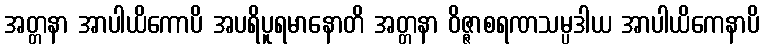
အတ္တနာ အာပါယိကောပိ အပရိပူရမာနောတိ အတ္တနာ ဝိဇ္ဇာစရဏသမ္ပဒါယ အာပါယိကေနာပိ